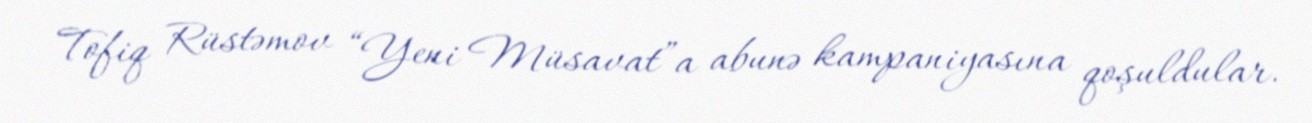
Tofiq Rüstəmov “Yeni Müsavat”a abunə kampaniyasına qoşuldular.